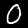
Digit: 0